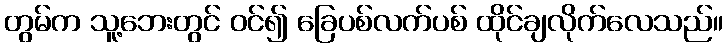
တွမ်က သူ့ဘေးတွင် ဝင်၍ ခြေပစ်လက်ပစ် ထိုင်ချလိုက်လေသည်။